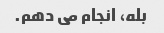
بله، انجام می دهم.